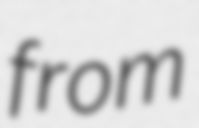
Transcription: from